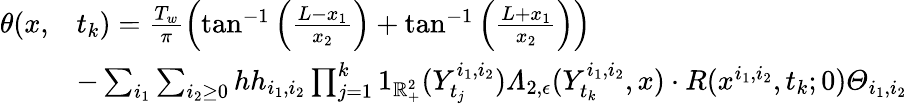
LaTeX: \begin{array}{rl}{\theta(x,}&{t_{k})=\frac{T_{w}}{\pi}\left(\tan^{-1}\left(\frac{L-x_{1}}{x_{2}}\right)+\tan^{-1}\left(\frac{L+x_{1}}{x_{2}}\right)\right)}\\ &{-\sum_{i_{1}}\sum_{i_{2}\geq 0}hh_{i_{1},i_{2}}\prod_{j=1}^{k}1_{\mathbb{R}_{+}^{2}}(Y_{t_{j}}^{i_{1},i_{2}})\varLambda_{2,\epsilon}(Y_{t_{k}}^{i_{1},i_{2}},x)\cdot R(x^{i_{1},i_{2}},t_{k};0)\varTheta_{i_{1},i_{2}}}\end{array}